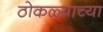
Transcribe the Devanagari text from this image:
ठोकळ्याच्या